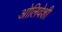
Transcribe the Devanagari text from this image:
ओलिवेशी